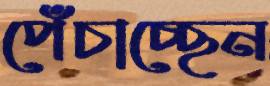
পেঁচাচ্ছেন